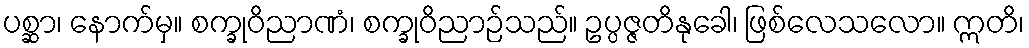
ပစ္ဆာ၊ နောက်မှ။ စက္ခုဝိညာဏံ၊ စက္ခုဝိညာဉ်သည်။ ဥပ္ပဇ္ဇတိနုခေါ၊ ဖြစ်လေသလော။ ဣတိ၊